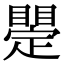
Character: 𥋫